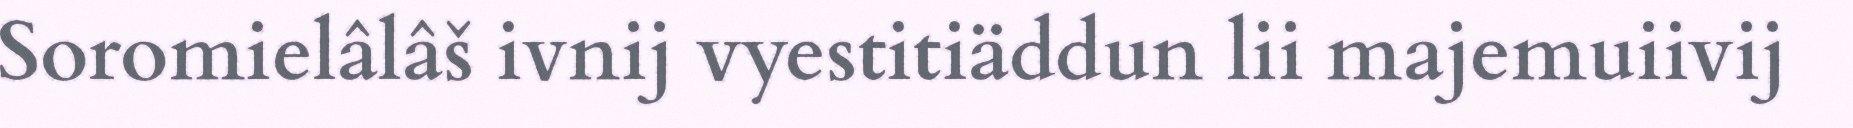
Soromielâlâš ivnij vyestitiäddun lii majemuiivij